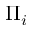
\Pi _ { i }